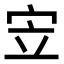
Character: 𫲿